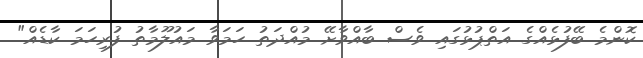
ކޮންމެ ބޭފުޅެއްގެ އަތްޕުޅުގައި ވެސް ބާއްވާށޭ މުއްދަތު ހަމަވާ މައުލޫމާތު ފުރިހަމަ ކާޑެއް"